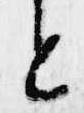
と